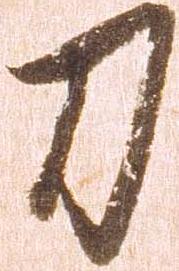
刀